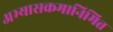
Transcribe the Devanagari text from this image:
अभ्यासक्रमानिमित्त